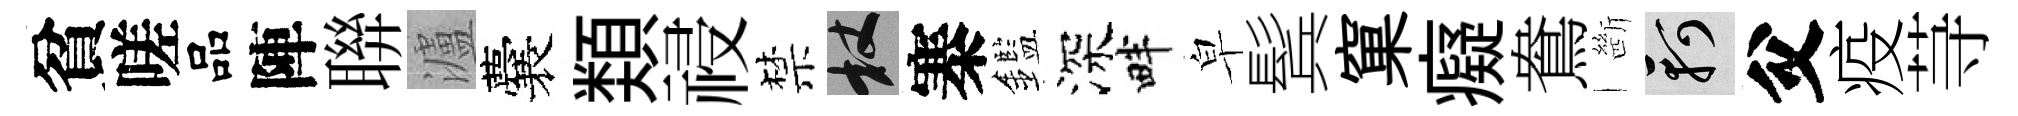
貧嗟品陣聨瀘囊𩔖祲禁杖寨鑑深畔皁鬂窠癡鴦㫁軻父疫䒭